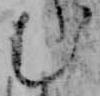
む